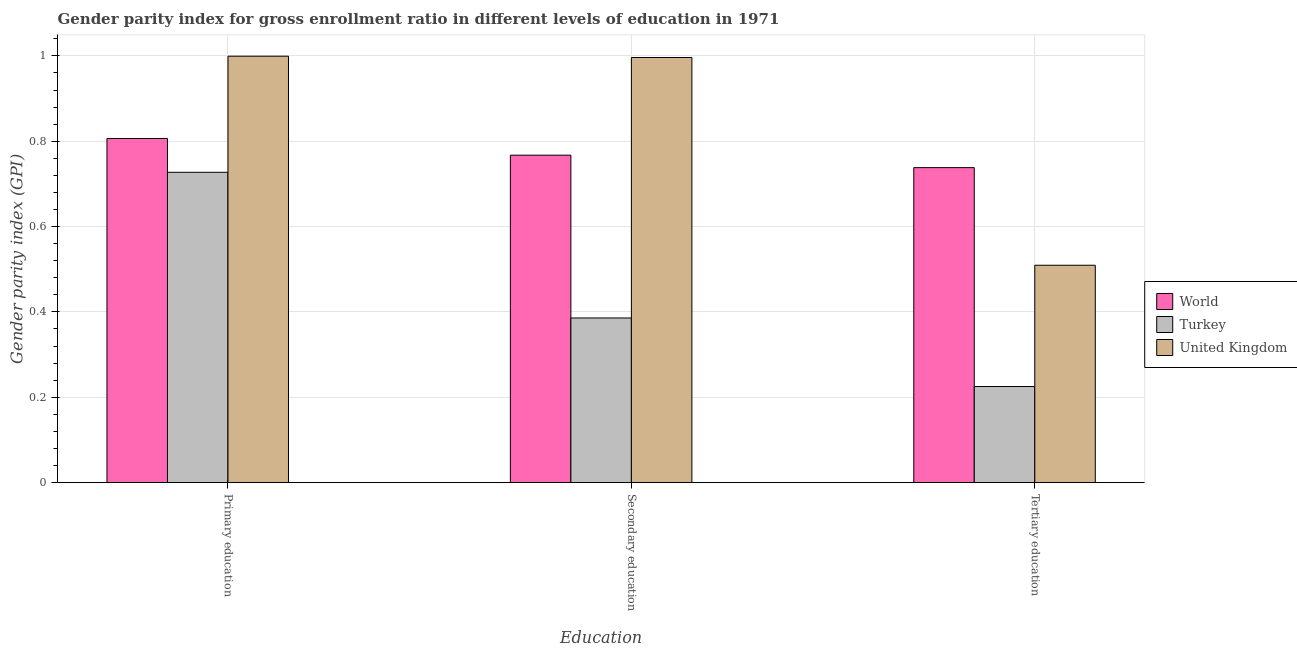
| Education | World | Turkey | United Kingdom |
 | --- | --- | --- | --- |
 | Primary education | 0.806 | 0.727 | 0.999 |
 | Secondary education | 0.767 | 0.386 | 0.996 |
 | Tertiary education | 0.738 | 0.225 | 0.509 |